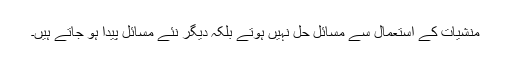
منشیات کے استعمال سے مسائل حل نہیں ہوتے بلکہ دیگر نئے مسائل پیدا ہو جاتے ہیں۔